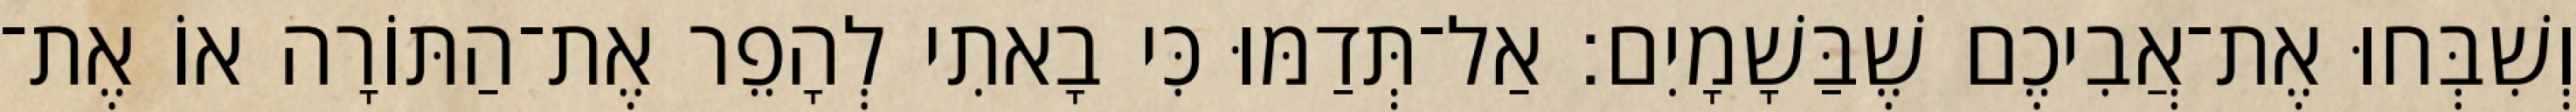
וְשִׁבְּחוּ אֶת־אֲבִיכֶם שֶׁבַּשָׁמָיִם׃ אַל־תְּדַמּוּ כִּי בָאתִי לְהָפֵר אֶת־הַתּוֹרָה אוֹ אֶת־